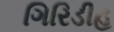
ગિરિડીહ